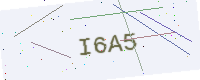
Text: I6A5